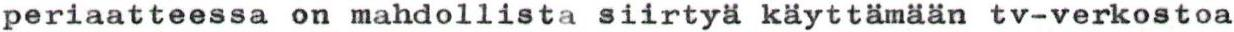
periaatteessa on mahdollista siirtyä käyttämään tv-verkostoa